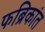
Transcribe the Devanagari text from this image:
फब्रिकांत